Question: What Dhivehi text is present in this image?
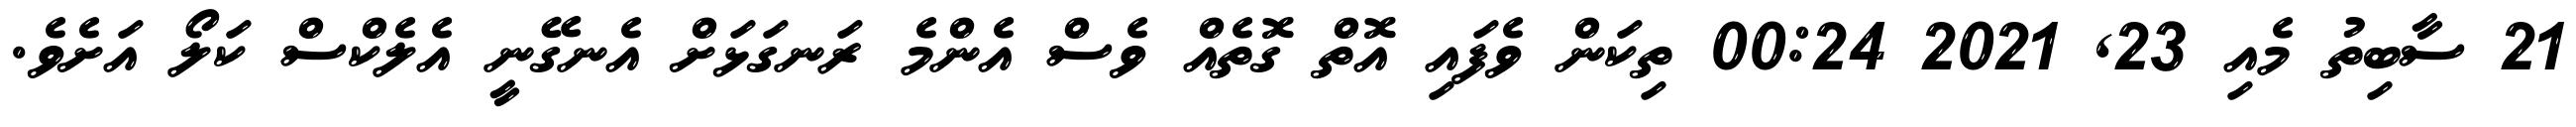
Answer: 21 ސާބިތު މެއި 23, 2021 00:24 ތިކަން ވެފައި އޮތް ގޮތެއް ވެސް އެންމެ ރަނގަޅަށް އެނގޭނީ އެލެކްސް ކަލޯ އަށެވެ.